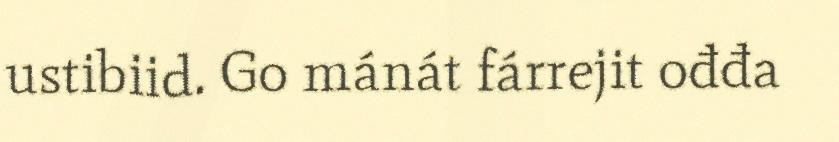
ustibiid. Go mánát fárrejit ođđa